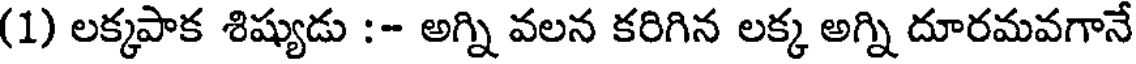
(1) లక్కపాక శిష్యుడు :- అగ్ని వలన కరిగిన లక్క అగ్ని దూరమవగానే